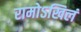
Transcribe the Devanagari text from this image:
रामोऽखिलं